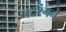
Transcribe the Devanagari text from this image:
नटरंगने